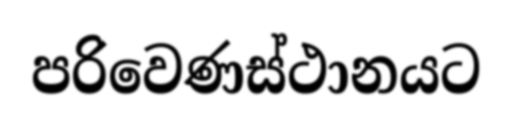
පරිවෙණස්ථානයට